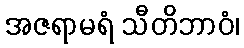
အဇရာမရံ သီတိဘာဝံ၊